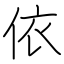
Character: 依